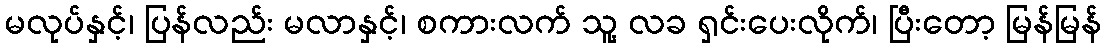
မလုပ်နှင့်၊ ပြန်လည်း မလာနှင့်၊ စကားလက် သူ့ လခ ရှင်းပေးလိုက်၊ ပြီးတော့ မြန်မြန်